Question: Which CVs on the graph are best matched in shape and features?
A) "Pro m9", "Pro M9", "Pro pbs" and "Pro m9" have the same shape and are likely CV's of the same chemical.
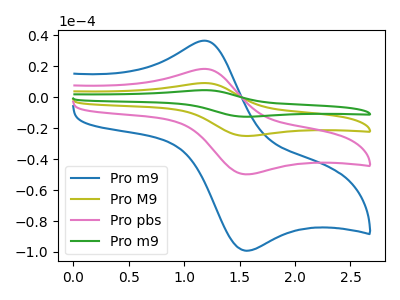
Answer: <think>The blue curve "Pro m9" has an anodic peak at (1.20V, 36.60uA) and a cathodic peak at (1.55V, -99.25uA). The olive curve "Pro M9" has an anodic peak at (1.20V, 36.75uA) and a cathodic peak at (1.55V, -99.65uA). The pink curve "Pro pbs" has an anodic peak at (1.20V, 18.40uA) and a cathodic peak at (1.55V, -49.85uA). The green curve "Pro m9" has an anodic peak at (1.20V, 55.15uA) and a cathodic peak at (1.55V, -149.50uA).
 All the peaks in "Pro m9" have a peak in "Pro M9" at the same potential. Every peak in "Pro m9" is lower than every peak in "Pro M9". All the peaks in "Pro m9" have a peak in "Pro pbs" at the same potential. Every peak in "Pro m9" is higher than every peak in "Pro pbs". All the peaks in "Pro m9" have a peak in "Pro m9" at the same potential. Every peak in "Pro m9" is lower than every peak in "Pro m9". All the peaks in "Pro M9" have a peak in "Pro pbs" at the same potential. Every peak in "Pro M9" is higher than every peak in "Pro pbs". All the peaks in "Pro M9" have a peak in "Pro m9" at the same potential. Every peak in "Pro M9" is lower than every peak in "Pro m9". All the peaks in "Pro pbs" have a peak in "Pro m9" at the same potential. Every peak in "Pro pbs" is lower than every peak in "Pro m9".</think>
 <answer>A) "Pro m9", "Pro M9", "Pro pbs" and "Pro m9" have the same shape and are likely CV's of the same chemical.</answer>
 <eval>A</eval>